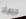
حصاد